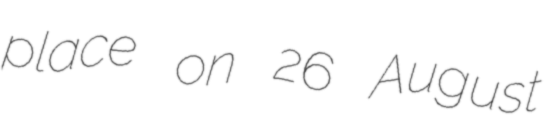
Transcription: place on 26 August